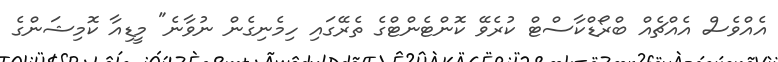
އެއްވެސް އެއްޗެއް ބްރޯޑްކާސްޓް ކުރެވޭ ކޮންޓެންޓްގެ ތެރޭގައި ހިމެނިގެން ނުވާނެ" މީޑިއާ ކޮމިޝަންގެ